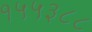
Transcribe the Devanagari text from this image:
१५५३८८